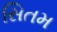
સિતમ